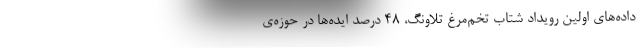
داده‌های اولین رویداد شتاب تخم‌مرغ تلاونگ، 48 درصد ایده‌ها در حوزه‌ی